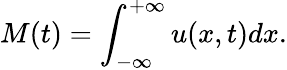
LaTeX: M(t)=\int_{-\infty}^{+\infty}u(x,t)dx.